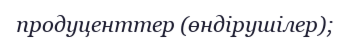
продуценттер (өндірушілер);